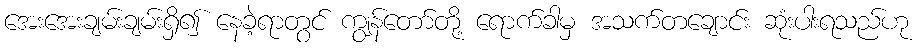
အေးအေးချမ်းချမ်းရှိ၍ နေခဲ့ရာတွင် ကျွန်တော်တို့ ရောက်ခါမှ အသက်တချောင်း ဆုံးပါးရသည်ဟု